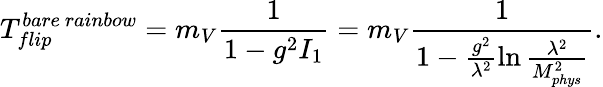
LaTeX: T_{flip}^{bare\ rainbow}=m_{V}\frac{1}{1-g^{2}I_{1}}=m_{V}\frac{1}{1-\frac{g^{2}}{\lambda^{2}}\ln\frac{\lambda^{2}}{M_{phys}^{2}}}.